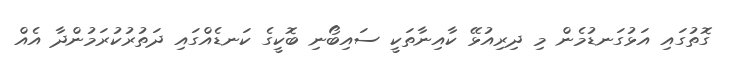
ގޮތުގައި އަޅުގަނޑުމެން މި ދިރިއުޅޭ ކާއިނާތަކީ ސައިބޯނި ބޮކީގެ ކަނޑެއްގައި ދަތުރުކުރަމުންދާ އެއް